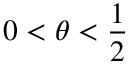
0 < \theta < \frac { 1 } { 2 }